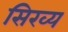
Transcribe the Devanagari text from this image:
सिख्य